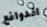
الدوافع